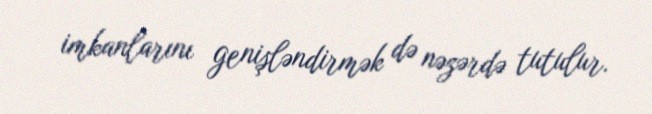
imkanlarını genişləndirmək də nəzərdə tutulur.